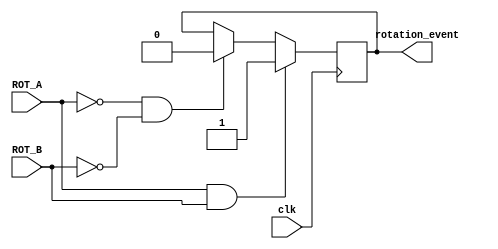
`timescale 1ns / 1ps
//////////////////////////////////////////////////////////////////////////////////
// Company: 
// Engineer: 
// 
// Design Name: 
// Module Name:    rotatory_shaft 
// Project Name: 
// Target Devices: 
// Tool versions: 
// Description: 
//
// Dependencies: 
//
// Revision: 
// Revision 0.01 - File Created
// Additional Comments: 
//
//////////////////////////////////////////////////////////////////////////////////
module rotatory_shaft(clk, ROT_A,ROT_B,rotation_event);
	input clk, ROT_A, ROT_B;
	output rotation_event;
	reg rotation_event;

	always@(posedge clk) begin
		if(ROT_A == 1 && ROT_B == 1) begin
			rotation_event <= 1;
		end
		else if(ROT_A == 0 && ROT_B == 0) begin
			rotation_event <= 0;
		end
	end
endmodule